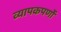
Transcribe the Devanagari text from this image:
व्यापकपर्णो